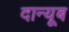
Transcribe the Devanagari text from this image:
दान्यूब